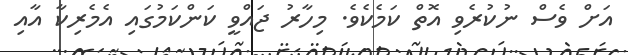
އަށް ވެސް ނުކުރެވި އޮތް ކަމެކެވެ. މިހާރު ޖައްވީ ކަންކަމުގައި އެމެރިކާ އާއި